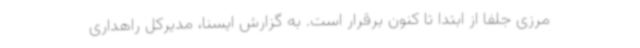
مرزی جلفا از ابتدا تا کنون برقرار است. به گزارش ایسنا، مدیرکل راهداری